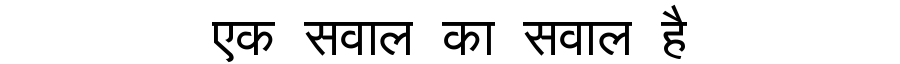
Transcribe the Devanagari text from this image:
एक सवाल का सवाल है